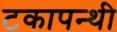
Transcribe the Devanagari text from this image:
टकापन्थी